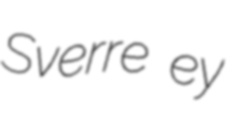
Sverre ey